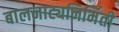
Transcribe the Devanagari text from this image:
बालनाट्यनिर्मिती